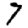
Digit: 7